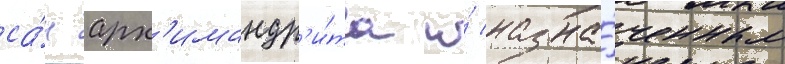
са́н арх'имандр'и́та и́ назна́ченным